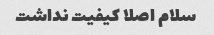
سلام اصلا کیفیت نداشت